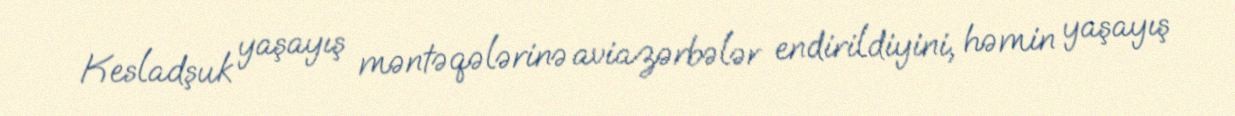
Kesladşuk yaşayış məntəqələrinə aviazərbələr endirildiyini, həmin yaşayış